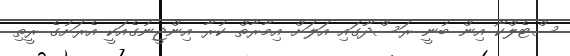
ސްޓެލްކޯ އިން ބުނީ ރަސްދޫގައި އަލަށް އިމާރާތް ކުރާ އިންޖީނުގެއަކީ އެރަށުގެ ރީތި